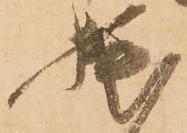
拙